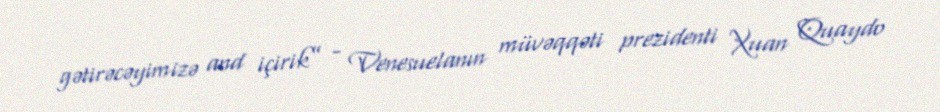
gətirəcəyimizə and içirik” - Venesuelanın müvəqqəti prezidenti Xuan Quaydo